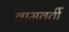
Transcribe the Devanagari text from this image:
वामवर्ती